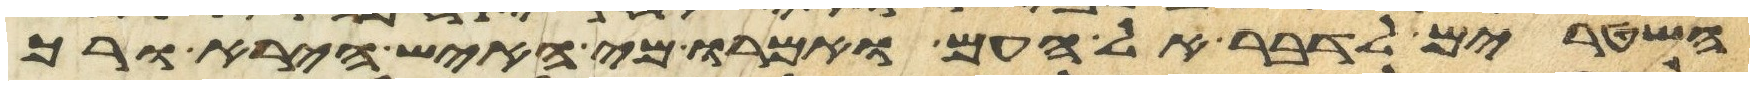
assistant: השטרים לדבר אל העם ואמרו מי האיש הירא ורך